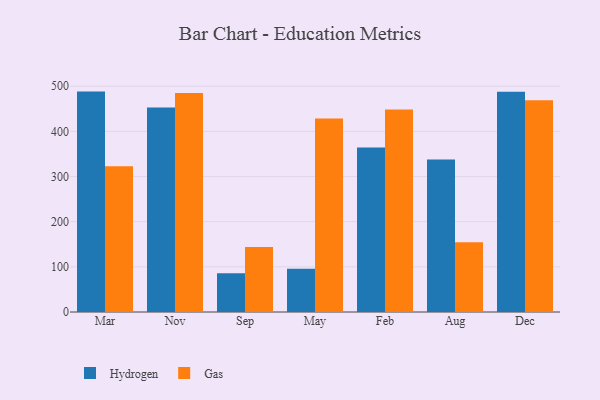
{"axis": {"x": "Month", "y": "Temperature (°C)"}, "legend": ["Gas", "Hydrogen"], "data": [{"x": "Mar", "y": 488.1, "type": "Hydrogen"}, {"x": "Mar", "y": 322.9, "type": "Gas"}, {"x": "Nov", "y": 452.9, "type": "Hydrogen"}, {"x": "Nov", "y": 484.8, "type": "Gas"}, {"x": "Sep", "y": 85.6, "type": "Hydrogen"}, {"x": "Sep", "y": 144.1, "type": "Gas"}, {"x": "May", "y": 95.6, "type": "Hydrogen"}, {"x": "May", "y": 428.8, "type": "Gas"}, {"x": "Feb", "y": 364.2, "type": "Hydrogen"}, {"x": "Feb", "y": 448.2, "type": "Gas"}, {"x": "Aug", "y": 337.7, "type": "Hydrogen"}, {"x": "Aug", "y": 154.5, "type": "Gas"}, {"x": "Dec", "y": 487.8, "type": "Hydrogen"}, {"x": "Dec", "y": 469.1, "type": "Gas"}]}